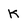
Character: K